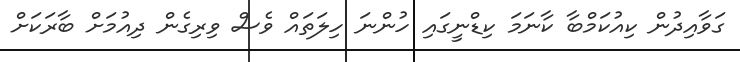
ގަވާއިދުން ކިއުކަމްބާ ކާނަމަ ކިޑްނީގައި ހުންނަ ހިލަތައް ވެސް ވިރިގެން ދިއުމަށް ބާރަކަށް